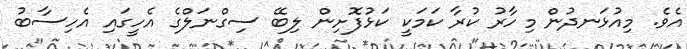
އެވެ. މިއުޅަނދުން މިހާރު ކުރާ ކަމަކީ ކަޅުފޮށިން ލިބޭ ސިގްނަލްގެ އެހީގައި އެހިސާބު